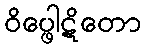
ဝိပ္ဖေါဋိတော